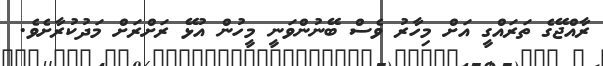
ރާއްޖޭގެ ތަރައްގީ އަށް މިހާރު ވެސް ބޭނުންވަނީ މީހުން އުޅޭ ރަށްރަށް މަދުކުރާށެވެ.